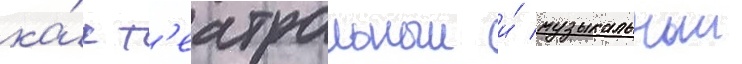
ка́к т'еатральныи и́ музыкальныи